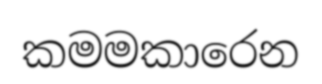
කමමකාරෙන